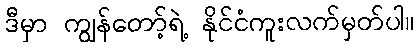
ဒီမှာ ကျွန်တော့်ရဲ့ နိုင်ငံကူးလက်မှတ်ပါ။